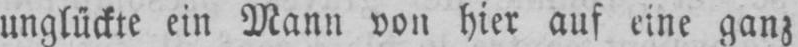
unglückte ein Mann von hier auf eine ganz